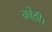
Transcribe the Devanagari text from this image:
कोठी।